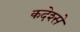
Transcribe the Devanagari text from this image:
कदेश्से